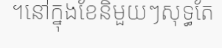
។នៅក្នុងខែនិមួយៗសុទ្ធតែ